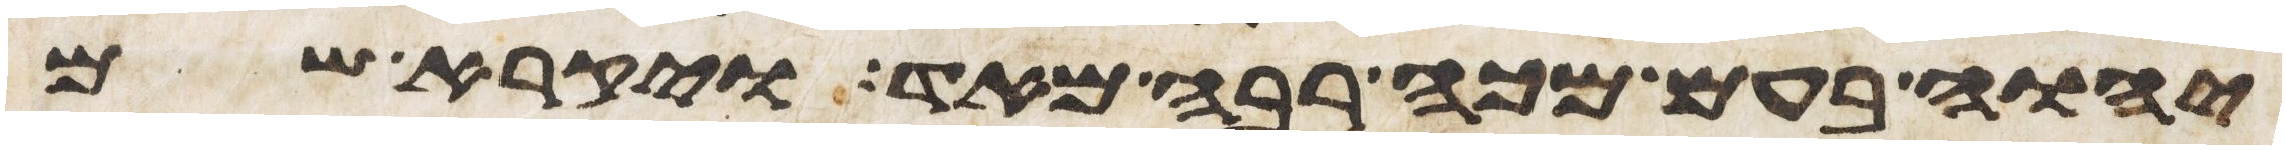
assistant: יהוה בעם מכה רבה מאד ויקרא שם